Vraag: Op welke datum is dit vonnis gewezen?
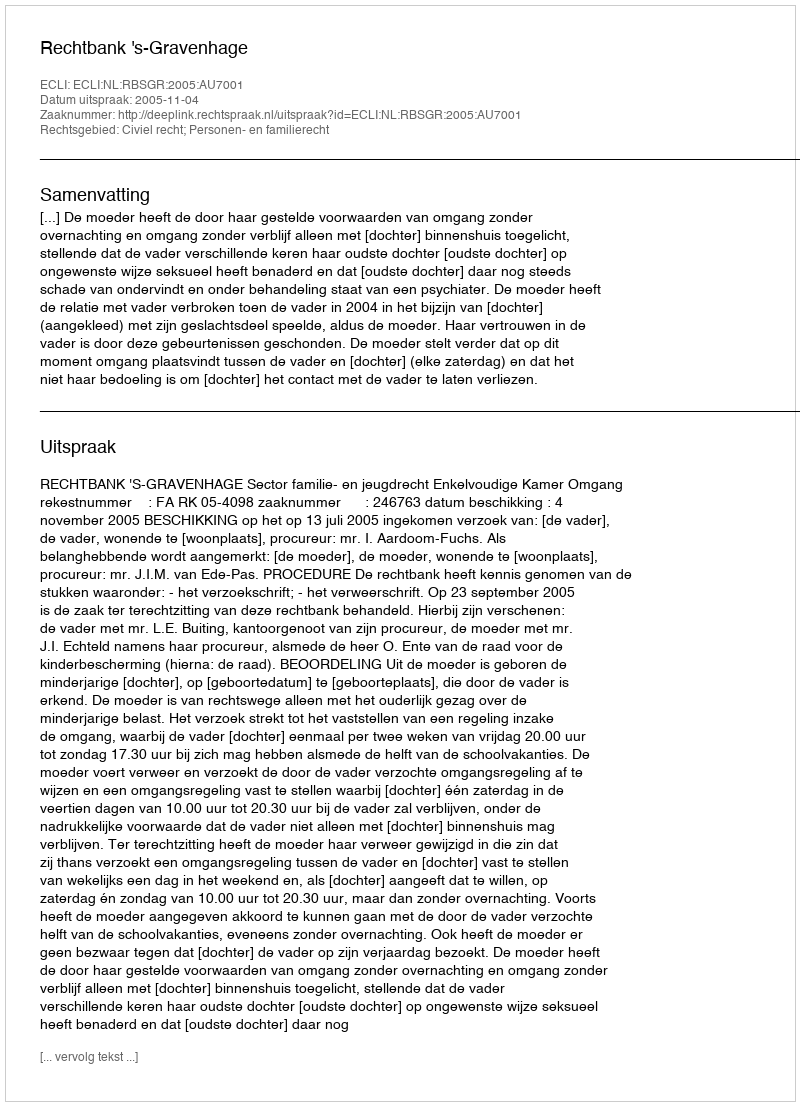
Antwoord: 2005-11-04